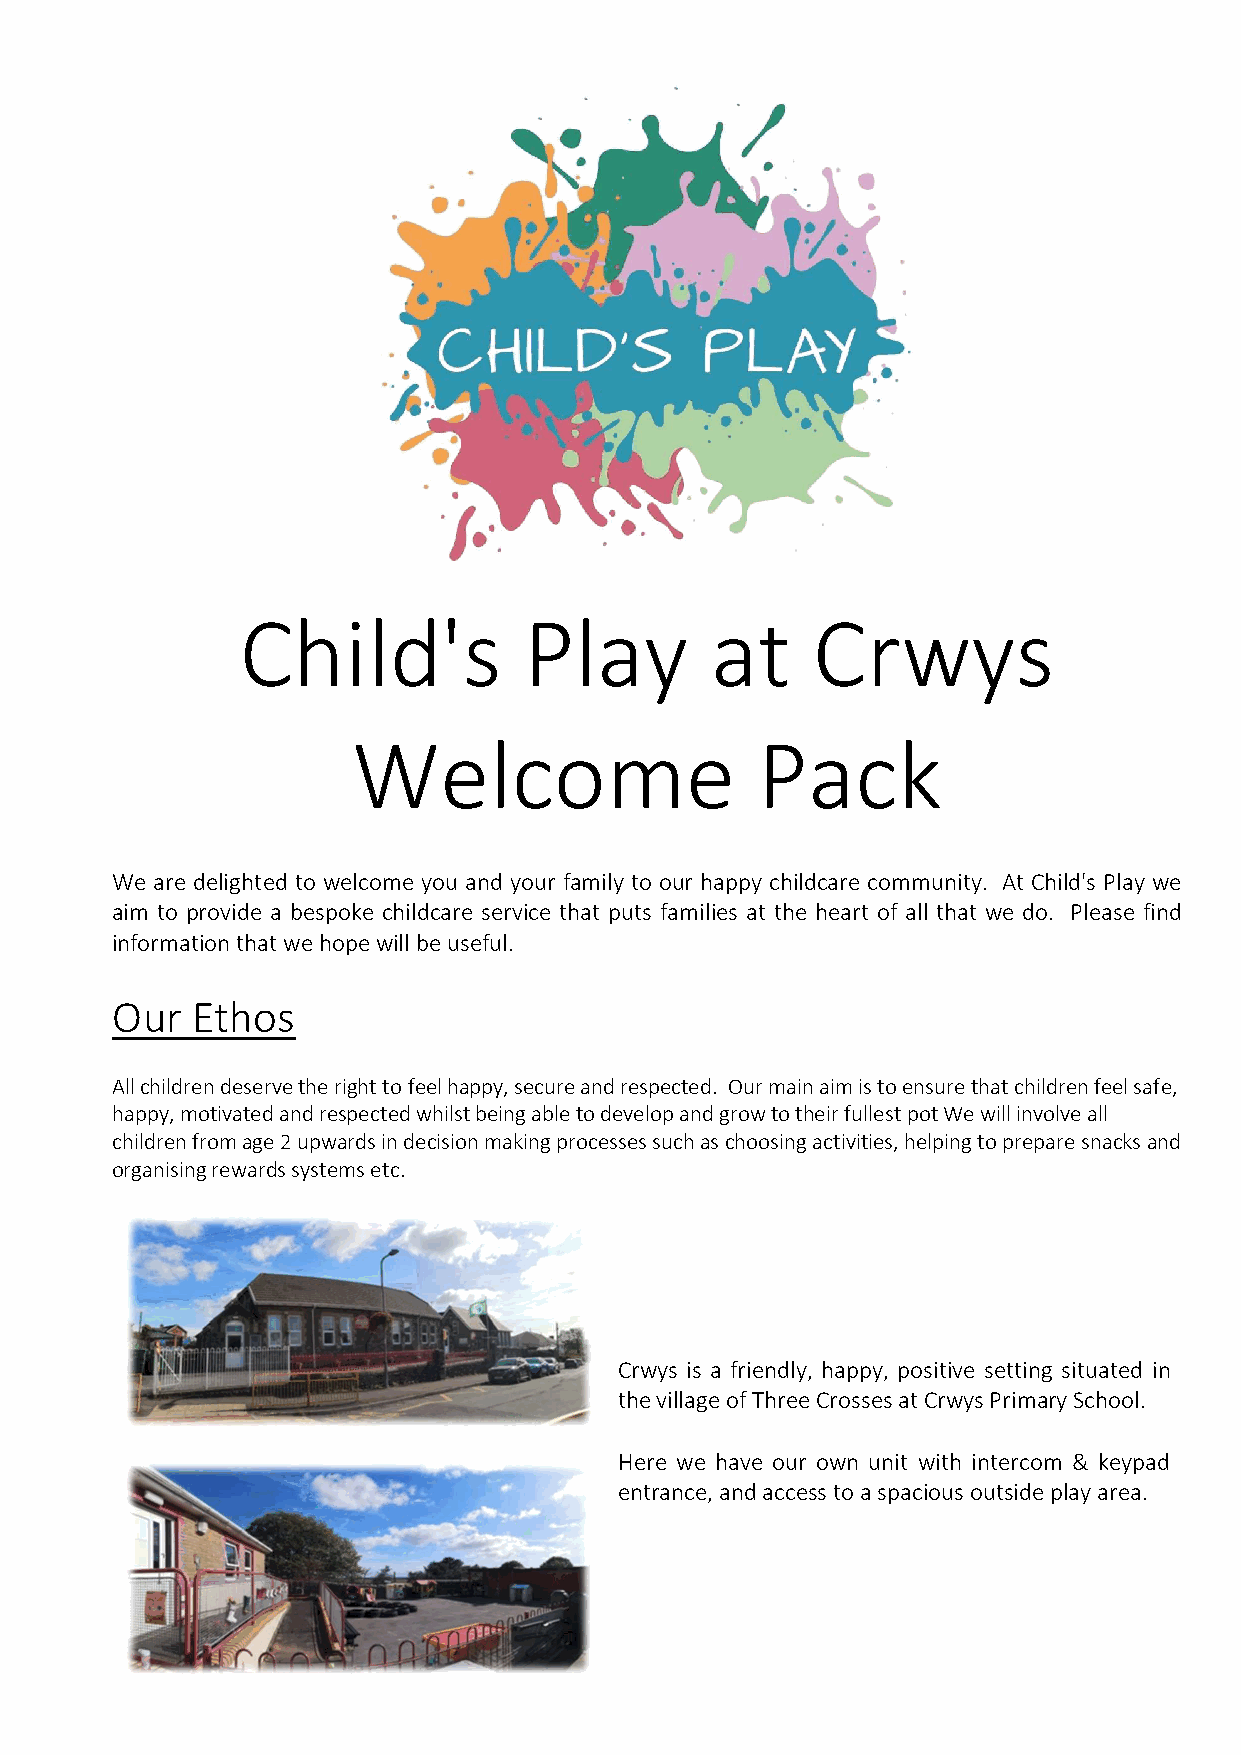
Child's            Play        at     Crwys
 Welcome                    Pack
 We are delighted to welcome you and your family to our happy childcare community. At Child's Play we
 aim to provide a bespoke childcare service that puts families at the heart of all that we do. Please find
 information that we hope will be useful.
 Our   Ethos
 All children deserve the right to feel happy, secure and respected. Our main aim is to ensure that children feel safe,
 happy, motivated and respected whilst being able to develop and grow to their fullest pot We will involve all
 children from age 2 upwards in decision making processes such as choosing activities, helping to prepare snacks and
 organising rewards systems etc.
 Crwys is a friendly, happy, positive setting situated in
 the village of Three Crosses at Crwys Primary School.
 Here we have our own unit with intercom & keypad
 entrance, and access to a spacious outside play area.